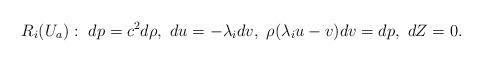
LaTeX: \begin{align*}R_i(U_a):\,\, dp=c^2d\rho,\,\, du=-\lambda_idv,\,\, \rho(\lambda_iu-v)dv=dp,\,\, dZ=0.\end{align*}